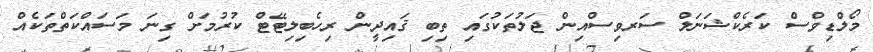
މޯލްޑިވްސް ކަރެކްޝަނަލް ސަރވިސްއިން ޖަލުތަކުގައި ތިބި ޤައިދީން ރިހެބިލިޓޭޓް ކުރުމަށް ގިނަ މަސައްކަތްތަކެއް